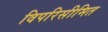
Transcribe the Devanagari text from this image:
विपरिसीमित